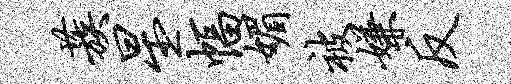
蔟星幅媚被嫌反